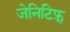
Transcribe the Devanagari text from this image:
जेनिटिफ़्